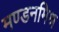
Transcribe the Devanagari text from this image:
मण्डनमिश्र